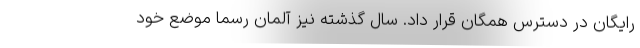
رایگان در دسترس همگان قرار داد. سال گذشته نیز آلمان رسما موضع خود